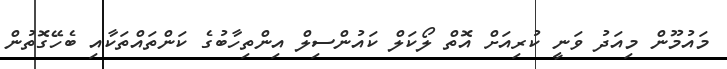
މައުމޫން މިއަދު ވަނީ ކުރިއަށް އޮތް ލޯކަލް ކައުންސިލް އިންތިހާބުގެ ކަންތައްތަކާއި ބެހޭގޮތުން